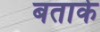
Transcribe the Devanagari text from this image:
बताके